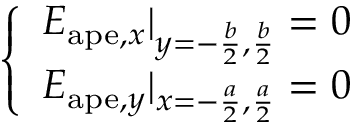
\left\{ \begin{array} { l } { E _ { \mathrm { a p e } , x } | _ { y = - \frac { b } { 2 } , \frac { b } { 2 } } = 0 } \\ { E _ { \mathrm { a p e } , y } | _ { x = - \frac { a } { 2 } , \frac { a } { 2 } } = 0 } \end{array} \right.